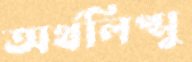
অর্থলিপ্সু